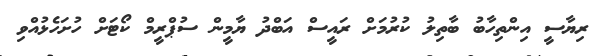
ރިޔާސީ އިންތިހާބު ބާތިލު ކުރުމަށް ރައީސް އަބްދު ޔާމީން ސުޕްރީމް ކޯޓަށް ހުށަހެޅުއްވި